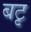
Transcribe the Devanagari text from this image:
बटृ